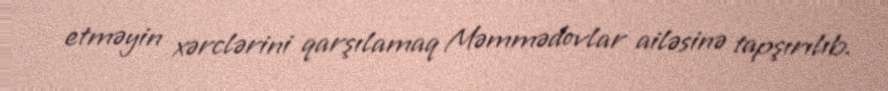
etməyin xərclərini qarşılamaq Məmmədovlar ailəsinə tapşırılıb.